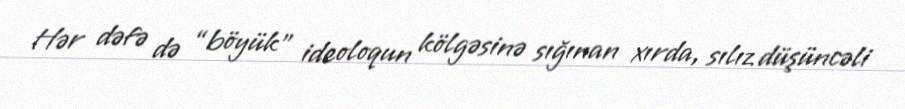
Hər dəfə də “böyük” ideoloqun kölgəsinə sığınan xırda, sılız düşüncəli